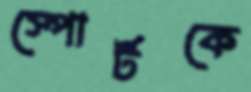
স্পোর্টকে